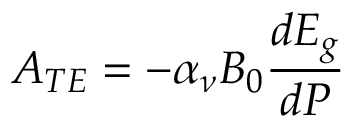
A _ { T E } = - \alpha _ { \nu } B _ { 0 } \frac { d E _ { g } } { d P }